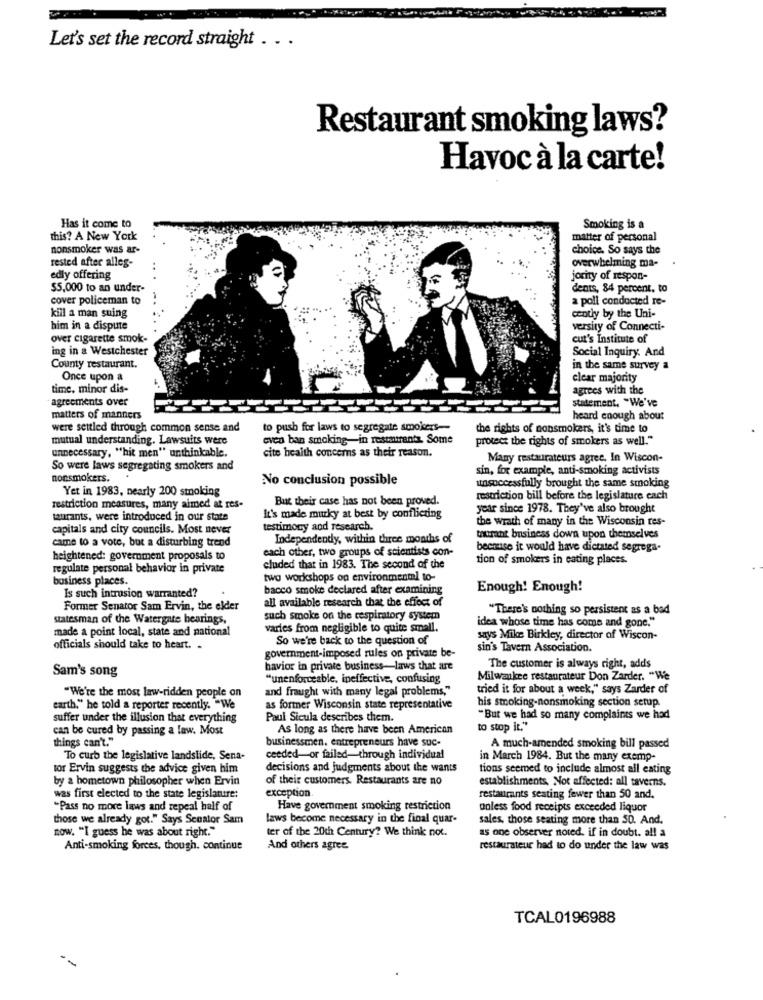
Let's set the record straight . . .
Restaurant smoking laws?
Havoc à la carte!
Has it come to
Smoking is a
this? A New York
matter of personal
nonsmoker was ar-
choice. So says the
rested after alles-
overwhelming ma-
edly offering
jocity of respon-
$5,000 to an under-
dents, 84 percent. to
cover policeman to
a poll conducted re-
kill a man suing
cently by the Uni-
him in a dispute
versity of Connecti-
over cigarette smok-
cut's Institute of
ing in a Westchester
Social Inquiry. And
County restaurant.
in the same survey a
Once upon a
clear majority
time, minor dis-
agrees with the
agreements over
statement. "We've
matters of manners
heard enough about
were settled through common sense and
to push for laws to segregate smokers-
the rights of nonsmokers, it's time to
mutual understanding. Lawsuits were
even ban smoking-in restaurants. Some
protect the rights of smokers as well."
unnecessary, "hit men" unthinkable.
cite health concerns as their reason.
Many restaurateurs agree. In Wiscon-
So were laws segregating smokers and
sin, for example, anti-smoking activists
nonsmokers.
No conclusion possible
Yet in 1983, nearly 200 smoking
unsuccessfully brought the same smoking
But their case has not been proved.
restriction bill before the legislature each
restriction measures, many aimed at res-
year since 1978. They've also brought
taurants, were introduced in our state
It's made murky at best by conflicting
the wrath of many in the Wisconsin tes-
capitals and city councils. Most never
testimony and research.
came to a vote, but a disturbing trend
Independently, within three months of
taurant business down upon themselves
each other, two groups of scientists con-
because it would have dictated segrega-
heightened: government proposals to
tion of smokers in cating places.
regulate personal behavior in private
cluded that in 1983. The second of the
business places.
two workshops op environmenml to-
bacco smoke declared after examining
Enough! Enough!
Is such intrusion warranted?
all available research that the effect of
Former Senator Sam Ervin, the elder
"There's nothing so persistent as a bad
statesman of the Watergate bearings,
such smoke on the respiratory system
idea whose time has come and gone."
made a point local, state and national
varies from negligible to quite small.
So we're back to the question of
says Mike Birkley, director of Wiscon-
officials should take to heart. .
sin's Tavern Association.
government-imposed rules on private be-
Sam's song
havior in private business-laws that are
The customer is always right, adds
"unenforceable, ineffective, confusing
Milwaukee restaurateur Don Zarder. "We
"We're the most law-ridden people on
and fraught with many legal problems,"
tried it for about a week," says Zarder of
his smoking-nonsmoking section setup.
earth," he told a reporter recently. "We
as former Wisconsin state representative
suffer under the illusion that everything
Paul Sicula describes them.
"But we had so many complaints we had
can be cured by passing a law. Most
As long as there have been American
to stop it."
things can't."
businessmen. entrepreneurs have suc-
A much-amended smoking bill passed
To curb the legislative landslide, Sena-
ceeded-or failed-through individual
in March 1984. But the many exemp-
tor Ervin suggests the advice given him
decisions and judgments about the wants
tions seemed to include almost all eating
by a hometown philosopher when Ervin
of their customers. Restaurants are no
establishments, Not affected: all taverns.
exception.
was first elected to the state legislature:
restaurants seating fewer than 50 and.
"Pass no more laws and repeal half of
Have government smoking restriction
unless food receipts exceeded liquor
those we already got." Says Scoator Sam
laws become necessary in the final quar-
sales, those seating more than 50. And.
now. "I guess he was about right."
ter of the 20th Century? We think not.
as one observer noted. if in doubt. all a
Anti-smoking forces, though. continue
And others agree.
restaurateur had to do under the law was
TCAL0196988
--